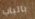
بالباب